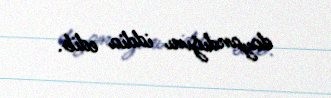
dayandığını iddia edib.